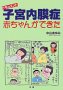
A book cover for Document endometriosis baby could be (1999) ISBN: 4879542865 [Japanese Import]; Health, Fitness & Dieting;